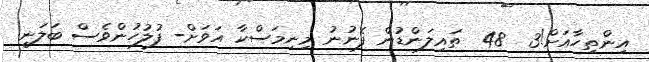
އިންތިހާއަށް!3  48  ތައިލަަންޑުން ފެނުނު މިނިމަސްކާ އަވަށް- ފުލުހުންވެސް ބަލަނީ